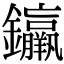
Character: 𨰠